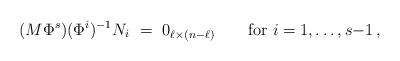
LaTeX: \begin{align*} (M\Phi^s)(\Phi^i)^{-1}N_i\ =\ 0_{\ell\times(n{-}\ell)} \qquad\mbox{for}\ i=1,\dotsc,s{-}1\,, \end{align*}